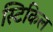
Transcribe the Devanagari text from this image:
स्टिकिल